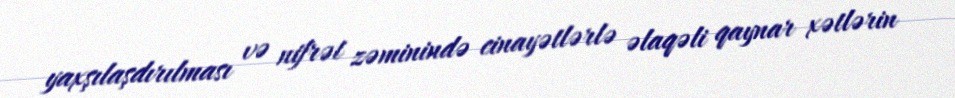
yaxşılaşdırılması və nifrət zəminində cinayətlərlə əlaqəli qaynar xətlərin